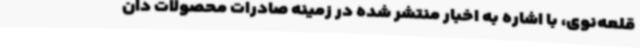
قلعه‌نوی، با اشاره به اخبار منتشر شده در زمینه صادرات محصولات دان